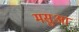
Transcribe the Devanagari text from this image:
मसुआ